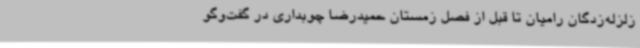
زلزله‌زدگان رامیان تا قبل از فصل زمستان حمیدرضا چوبداری در گفت‌وگو